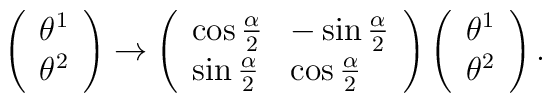
\left( \begin{array}{l}\theta ^{1} \\ \theta ^{2}\end{array}\right) \rightarrow \left( \begin{array}{ll}\cos \frac{\alpha }{2} & -\sin \frac{\alpha }{2} \\ \sin \frac{\alpha }{2} & \cos \frac{\alpha }{2}\end{array}\right) \left( \begin{array}{l}\theta ^{1} \\ \theta ^{2}\end{array}\right) .